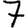
Digit: 7